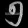
Digit: ၅